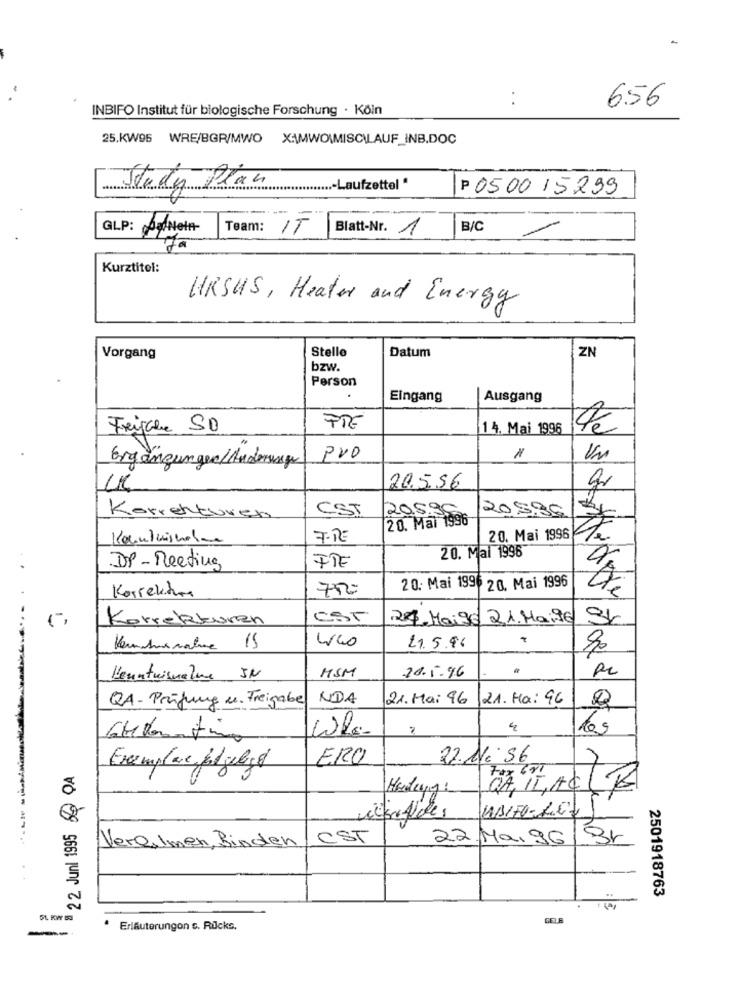
INBIFO Institut für biologische Forschung · Köln
656
25.KW95 WRE/BGR/MWO XAMWO\MISC\LAUF_INB.DOC
Study Plan
.....- Laufzettel "
P 050015299
GLP: AzNota
Team: IT Blatt-Nr. 1
B/C
Kurztitel:
URSUS , Heater and Energy
Stelle
Datum
ZN
Vorgang
bzw.
Person
Eingang
Ausgang
Freigabe SD
FRE
14. Mai 1996
No
Pro
Un
Ergänzungen/Andenwege
-
20.5.56
gr
CST
20896
Korrekturen
20. Mai 1996
208.85
7.RE
20. Mai 1996
20. Mai 1996
DP - Meeting
FTE
Korrektur
75
20. Mai 1996 20. Mai 1996
Korrekturen
EST
27 Maigs 21.Maite St
400
Kenntnisnahme 15
21.5.94
90
MSM
20.5.96
Kenntnisnature IN
QA- Prüfung u. Freigabe
NDA
21. Mai 96
21. Ha: 96
los
ERO
22. NO:56
22 Juni 1995 QA
Exemplar folgebg
Hadewy:
QA, II,AC LB
Vergimen, Binden
CST
22.Ma. 96/Br
2501918763
5L KW &S
--
Erläuterungon s. Rucks.